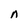
Character: n